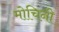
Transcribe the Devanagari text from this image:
मोचिनी